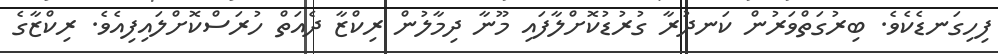
ފިހިގަނޑެކެވެ. ބިރުގަތްވަރުން ކަނދުރާ ގުރުޑުކޮށްލާފައި މޫނާ ދިމާލުން ރިކްޒާ ދެއަތް ހުރަސްކޮށްލައިފިއެވެ. ރިކްޒާގެ